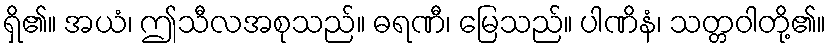
ရှိ၏။ အယံ၊ ဤသီလအစုသည်။ ဓရဏီ၊ မြေသည်။ ပါဏိနံ၊ သတ္တဝါတို့၏။